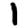
Digit: 1